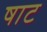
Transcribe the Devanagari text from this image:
षाट